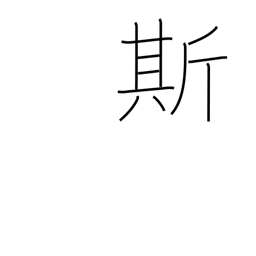
Meaning: verbal pause